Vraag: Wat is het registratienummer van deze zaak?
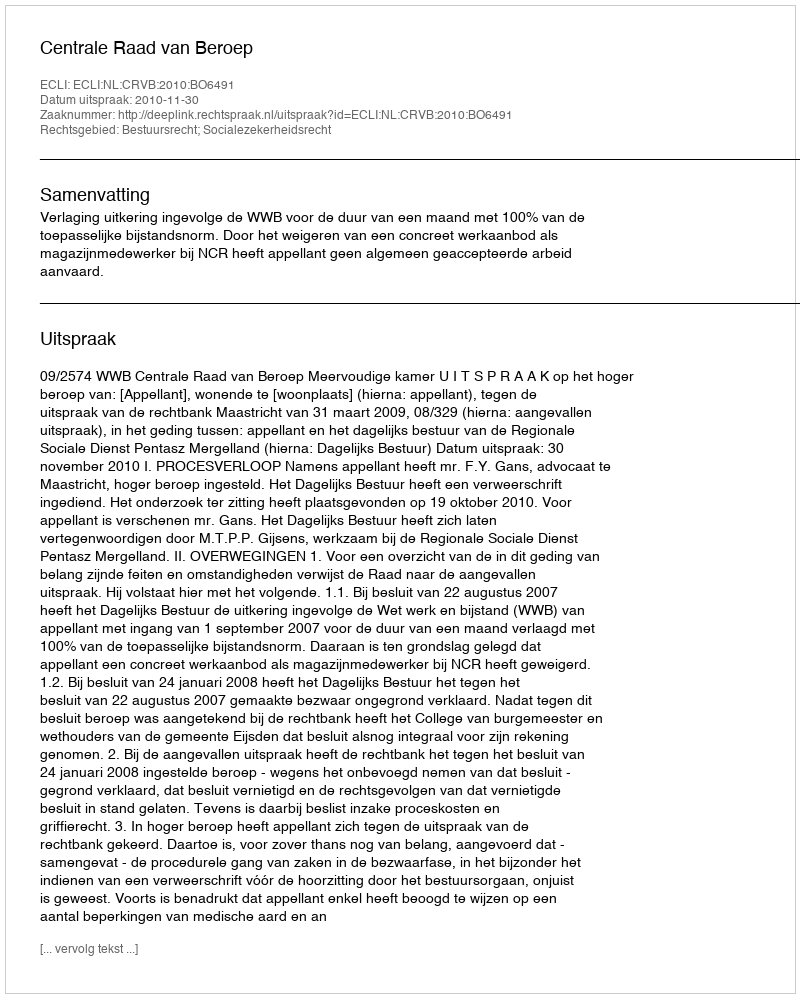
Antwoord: http://deeplink.rechtspraak.nl/uitspraak?id=ECLI:NL:CRVB:2010:BO6491